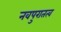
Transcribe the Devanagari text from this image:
नवपुरातत्व